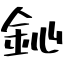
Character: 鈊